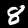
Digit: 8